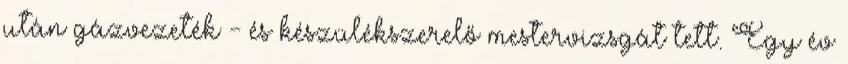
után gázvezeték - és készülékszerelő mestervizsgát tett. Egy év